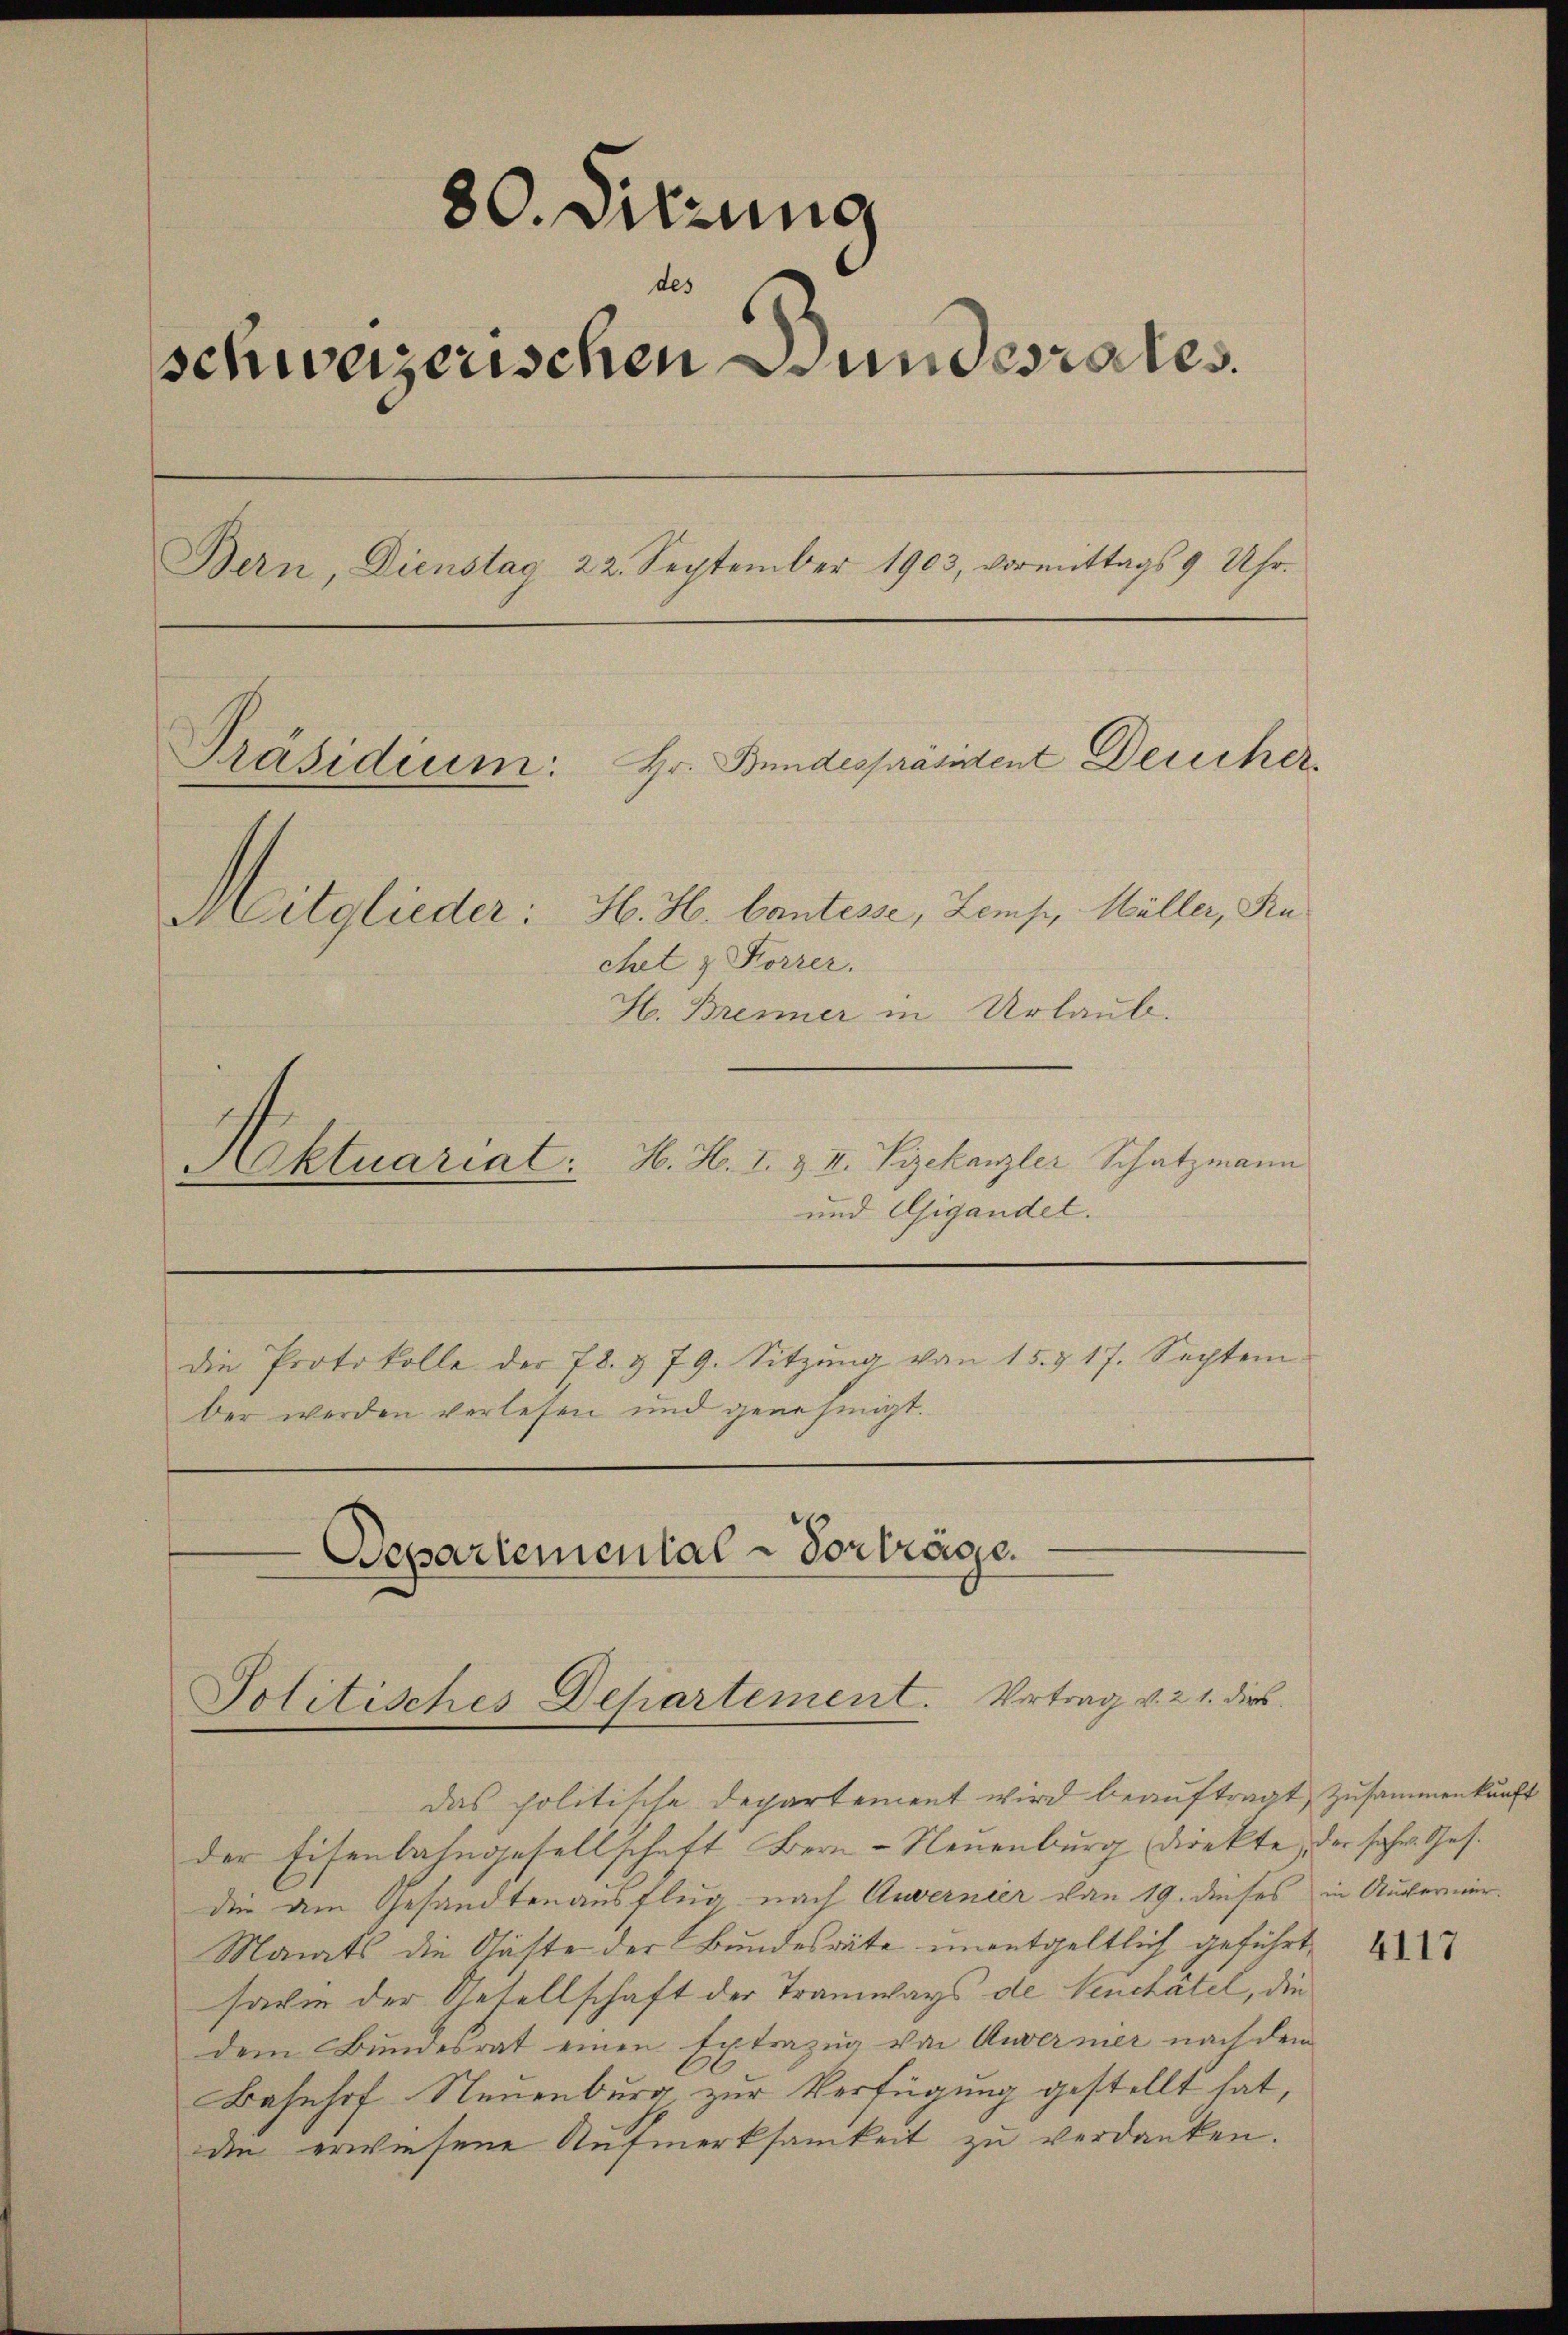
80. Sitzung
des
schweizerischen Bundesrates.
Bern, Dienstag 22. September 1903, vormittags 9 Uhr.
Hr. Bundespräsident Deucher
Präsidium:
H. H. Cantesse, Zemp, Müller, Ru¬
Mitglieda:
chet & Korrer.
H. Brenner in Urlaub.
H. H. I. & II. Vizekanzler Schatzmann
Aktuariat.

und Gigandet.
die Protokolle der 78. & 79. Sitzŭng von 15. & 17. Septem-
ber werden verlesen und genehmigt.

Departemental-Vorträge.
Politisches Departement. Vortrag v. 21. dies

das politische Departement wird beauftragt, zusammenkunft
der Eisenbahngesellschaft Bern-Neuenburg direkte, der Jahr. Ges.
die dem Gesandtenausflug nach Anvernier von 19. dieses in Aufermer¬
Manats die Gäste der Bundesräte unentgeltlich geführt,
savie der Gesellschaft der Tramways de Venchatel, die
dem Bundesrat einen Extrazug von Anvermer nach dem
Bahnhof Neuenburg, zur Verfügung gestellt hat,
die erwiesene Aufmerksamkeit zu verdanken.

4117